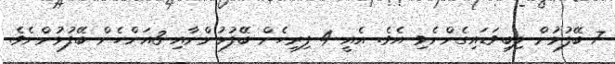
7 ބޭފުޅުން ލިބިވަޑައިގެންނެވި އެވެ. އެއީ 4 ފިރިހެން ބޭފުޅުންނާއި 3އަންހެން ބޭފުޅުންނެވެ.